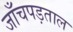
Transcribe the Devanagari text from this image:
जाँचपड़ताल